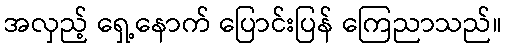
အလှည့် ရှေ့နောက် ပြောင်းပြန် ကြေညာသည်။